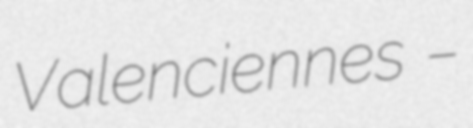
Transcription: Valenciennes –